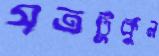
যতটুকুন